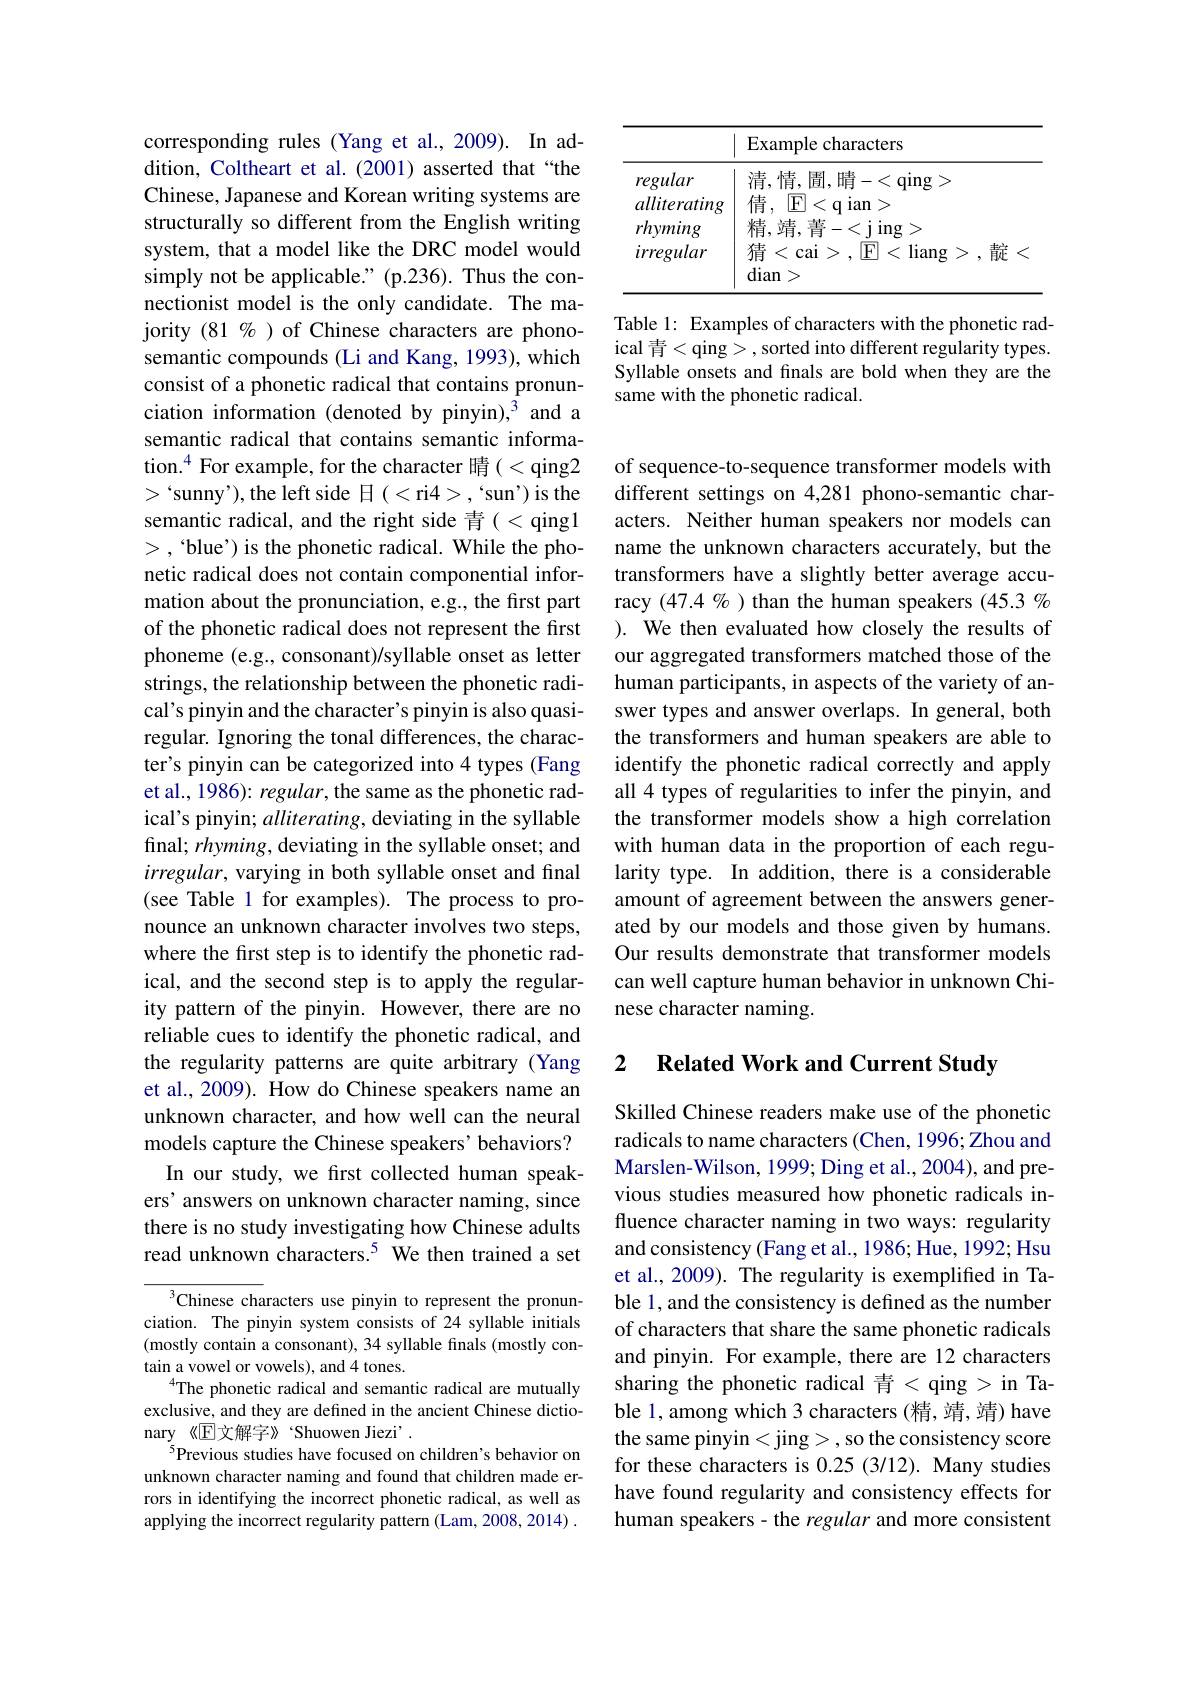
corresponding rules (Yang et al., 2009). In addition, Coltheart et al. (2001) asserted that“the Chinese, Japanese and Korean writing systems are structurally so different from the English writing system, that a model like the DRC model would simply not be applicable." (p.236). Thus the connectionist model is the only candidate. The majority $(81\%)$ of Chinese characters are phonosemantic compounds (Li and Kang, 1993), which consist of a phonetic radical that contains pronunciation information (denoted by pinyin),$^3$ and a semantic radical that contains semantic information.$^4$ For example, for the character 晴(<qing2 $>`$sunny'),the left side 日(<ri$4>,`$sun')is the semantic radical, and the right side 青( < qing1 >,“blue’) is the phonetic radical. While the phonetic radical does not contain componential information about the pronunciation, e.g., the first part of the phonetic radical does not represent the first phoneme (e.g., consonant)/syllable onset as letter strings, the relationship between the phonetic radical's pinyin and the character's pinyin is also quasiregular. Ignoring the tonal differences, the character's pinyin can be categorized into 4 types (Fang et al., 1986): regular, the same as the phonetic radical's pinyin; alliterating, deviating in the syllable final; $rhyming$, deviating in the syllable onset; and $irregular$, varying in both syllable onset and final (see Table 1 for examples). The process to pronounce an unknown character involves two steps, where the first step is to identify the phonetic radical, and the second step is to apply the regularity pattern of the pinyin. However, there are no reliable cues to identify the phonetic radical, and the regularity patterns are quite arbitrary (Yang et al., 2009). How do Chinese speakers name an unknown character, and how well can the neural models capture the Chinese speakers' behaviors?
In our study, we first collected human speakers' answers on unknown character naming, since there is no study investigating how Chinese adults read unknown characters.$^{5}$ We then trained a set

${\overline{{^3}}\text{Chinese characters use pinyin to represent the pronun-}}$ ciation. The pinyin system consists of 24 syllable initials (mostly contain a consonant), 34 syllable finals (mostly contain a vowel or vowels), and 4 tones.
$^{4}$The phonetic radical and semantic radical are mutually exclusive, and they are defined in the ancient Chinese dictionary《$\mathbb{E}$文解字》‘Shuowen Jiezi'.
$^{5}$Previous studies have focused on children's behavior on unknown character naming and found that children made errors in identifying the incorrect phonetic radical, as well as applying the incorrect regularity pattern (Lam,2008,2014) .

<table>
	<tbody>
		<tr>
			<th> </th>
			<th>Example characters</th>
		</tr>
		<tr>
			<td>regular</td>
			<td>清，情，圊，晴-<qing></td>
		</tr>
		<tr>
			<td>alliterating</td>
			<td>倩，$\boxed{\mathrm{F}}$ <q ian></td>
		</tr>
		<tr>
			<td>rhyming</td>
			<td>精，靖，青-<jing></td>
		</tr>
		<tr>
			<td>irregular</td>
			<td>猜<cai$>,\mathbb{E}$ $liang>$,靛 $\zeta$ $dian>$</td>
		</tr>
	</tbody>
</table>

Table 1: Examples of characters with the phonetic radical 青<qing>,sorted into different regularity types. Syllable onsets and finals are bold when they are the same with the phonetic radical.

of sequence-to-sequence transformer models with different settings on 4,281 phono-semantic characters. Neither human speakers nor models can name the unknown characters accurately, but the transformers have a slightly better average accuracy $(47.4\%)$ than the human speakers (45.3 % ). We then evaluated how closely the results of our aggregated transformers matched those of the human participants, in aspects of the variety of answer types and answer overlaps. In general, both the transformers and human speakers are able to identify the phonetic radical correctly and apply all 4 types of regularities to infer the pinyin, and the transformer models show a high correlation with human data in the proportion of each regularity type. In addition, there is a considerable amount of agreement between the answers generated by our models and those given by humans. Our results demonstrate that transformer models can well capture human behavior in unknown Chinese character naming.

### 2 $\textbf{Related Work and Current Study}$

Skilled Chinese readers make use of the phonetic radicals to name characters (Chen, 1996; Zhou and Marslen-Wilson, 1999; Ding et al., 2004), and previous studies measured how phonetic radicals influence character naming in two ways: regularity and consistency (Fang et al., 1986; Hue, 1992; Hsu et al., 2009). The regularity is exemplified in Table 1, and the consistency is defined as the number of characters that share the same phonetic radicals and pinyin. For example, there are 12 characters sharing the phonetic radical 青< qing > in Table 1, among which 3 characters (精，靖，靖) have the same pinyin <jing > , so the consistency score for these characters is 0.25 (3/12). Many studies have found regularity and consistency effects for human speakers - the regular and more consistent